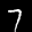
Label: 7